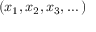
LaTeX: ( x _ { 1 } , x _ { 2 } , x _ { 3 } , \dots )